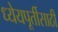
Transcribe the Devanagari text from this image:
ध्येयपूर्तीसाठी